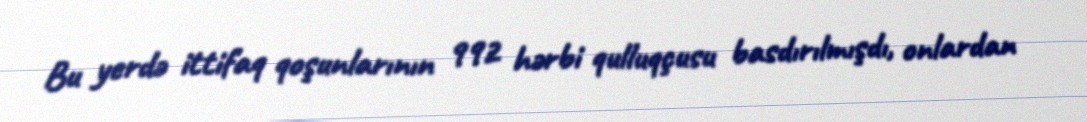
Bu yerdə ittifaq qoşunlarının 992 hərbi qulluqçusu basdırılmışdı, onlardan